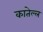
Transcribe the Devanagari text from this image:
कातेल्ल